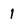
Character: 1